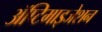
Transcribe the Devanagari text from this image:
ॲप्टिमाइजेशन